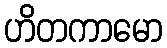
ဟိတကာမော